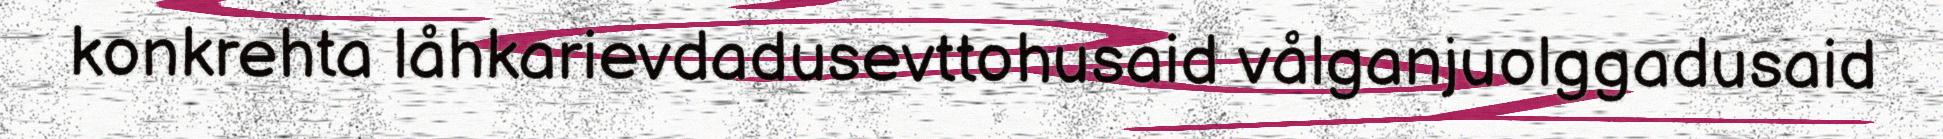
konkrehta låhkarievdadusevttohusaid vålganjuolggadusaid